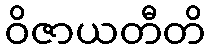
ဝိဇာယတီတိ